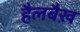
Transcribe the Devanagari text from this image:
हैलबैख़